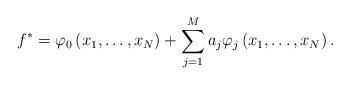
LaTeX: \begin{align*}f^* = \varphi_0 \left( x_1,\ldots,x_N \right) + \sum_{j=1}^M a_j \varphi_j \left( x_1,\ldots, x_N \right).\end{align*}